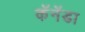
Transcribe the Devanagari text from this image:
कॅनॅडा